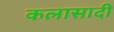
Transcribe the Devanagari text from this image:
कलासादी